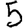
Digit: 5